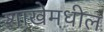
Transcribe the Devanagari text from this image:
शाखेमधील